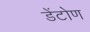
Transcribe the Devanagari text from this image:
डेंटोण